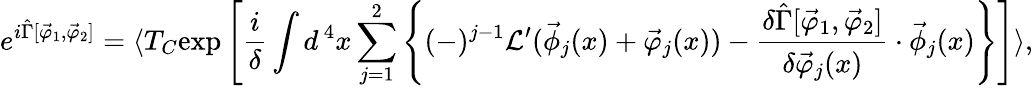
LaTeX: e^{i\hat{\Gamma}[\vec{\varphi}_{1},\vec{\varphi}_{2}]}=\langle T_{C}\mathrm{exp}\left[\frac{i}{\delta}\int d^{\, 4}x\sum_{j=1}^{2}\left\{ (-)^{j-1}{\cal L}^{\prime}(\vec{\phi}_{j}(x)+\vec{\varphi}_{j}(x))-\frac{\delta\hat{\Gamma}[\vec{\varphi}_{1},\vec{\varphi}_{2}]}{\delta\vec{\varphi}_{j}(x)}\cdot\vec{\phi}_{j}(x)\right\} \right]\rangle,